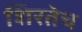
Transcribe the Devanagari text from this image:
शिरतेच